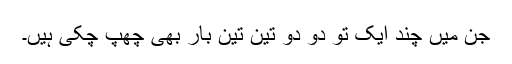
جن میں چند ایک تو دو دو تین تین بار بھی چھپ چُکی ہیں۔